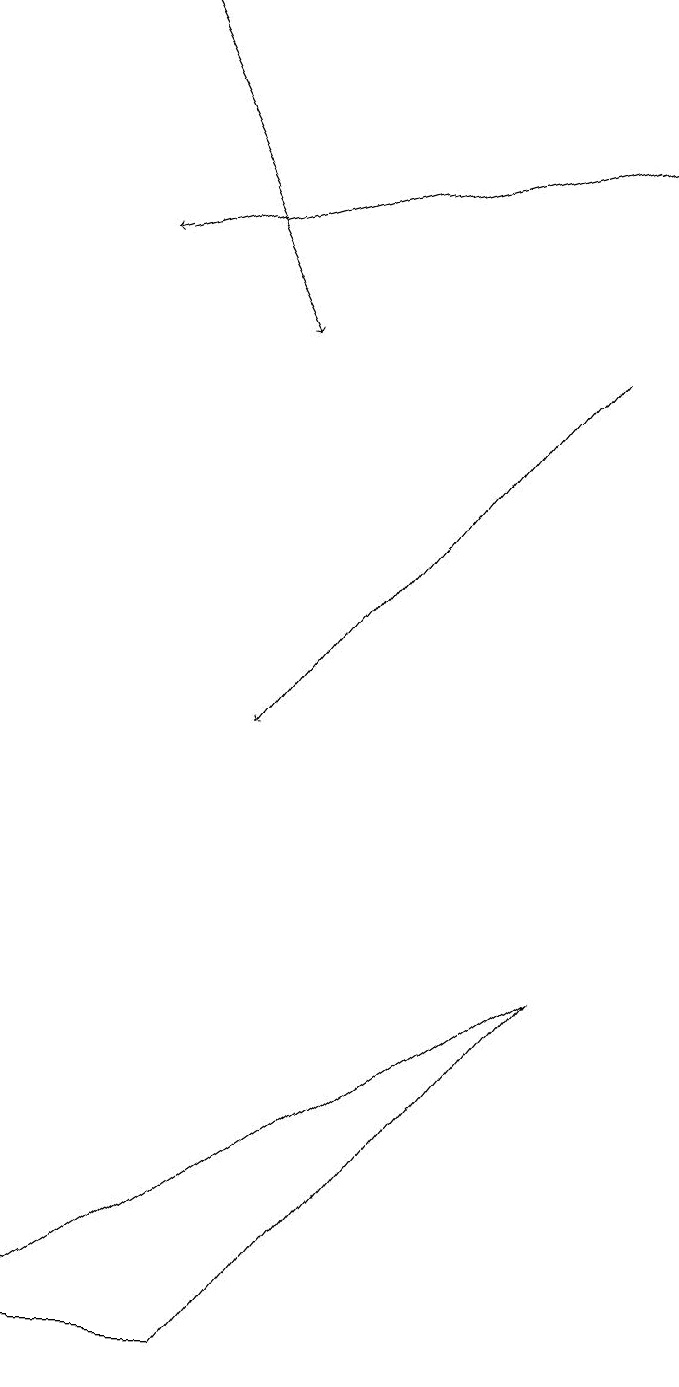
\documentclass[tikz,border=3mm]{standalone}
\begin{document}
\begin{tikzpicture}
\draw (3,2) -- (0,2) -- (7,7) -- cycle;
\draw[->] (8,18) -- (1,16);
\draw[->] (7,15) -- (3,10);
\draw[->] (1,19) -- (3,15);
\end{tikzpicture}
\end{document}